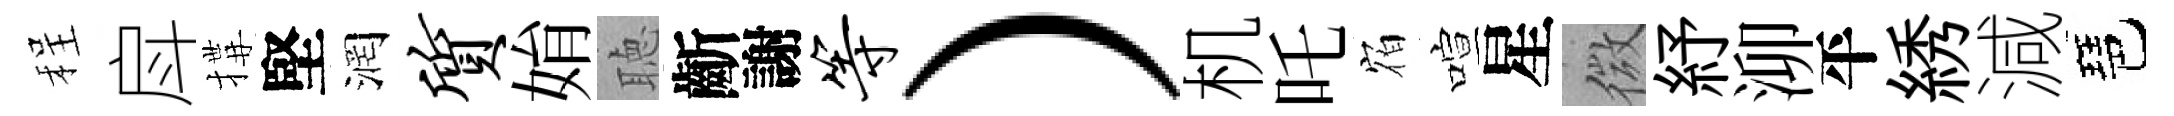
程戽搆堅润质姢聴齗謝等）机吒𪧐喧星微紓泖平綉減琶